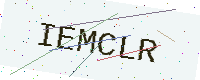
Text: IEMCLR